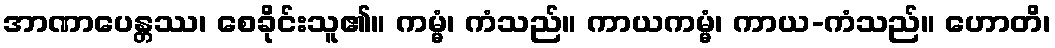
အာဏာပေန္တဿ၊ စေခိုင်းသူ၏။ ကမ္မံ၊ ကံသည်။ ကာယကမ္မံ၊ ကာယ-ကံသည်။ ဟောတိ၊